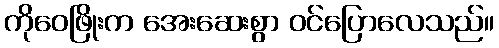
ကိုဝေဖြိုးက အေးဆေးစွာ ဝင်ပြောလေသည်။